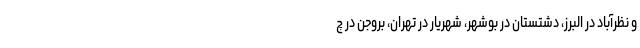
و نظرآباد در البرز، دشتستان در بوشهر، شهریار در تهران، بروجن در چ